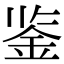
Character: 鉴